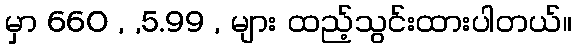
မှာ 660 , ,5.99 , များ ထည့်သွင်းထားပါတယ်။